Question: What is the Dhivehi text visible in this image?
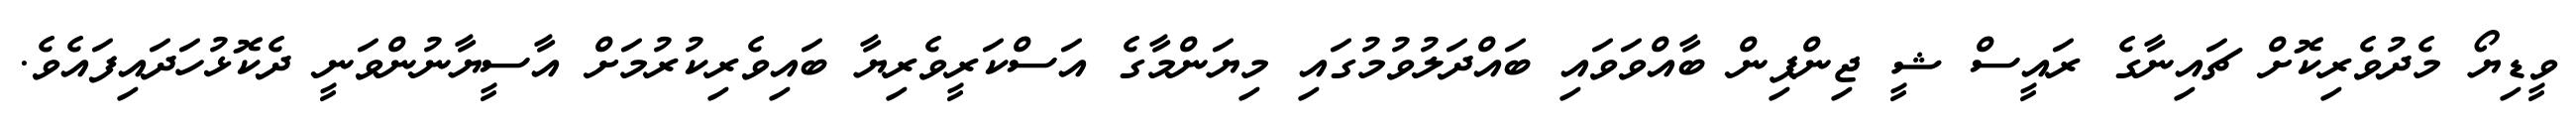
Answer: ވީޑިޔޯ މެދުވެރިކޮށް ޗައިނާގެ ރައީސް ޝީ ޖިންޕިން ބާއްވަވައި ބައްދަލުވުމުގައި މިޔަންމާގެ އަސްކަރީވެރިޔާ ބައިވެރިކުރުމަށް އާސީޔާނުންވަނީ ދެކޮޅުހަދައިފައެވެ.